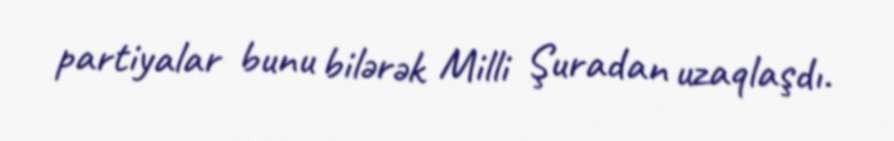
partiyalar bunu bilərək Milli Şuradan uzaqlaşdı.